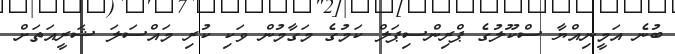
ބުނެ އަމީނިއްޔާ ސްކޫލުގެ ޕްރިންސިޕަލް ކަމުގެ މަގާމުން ވަކި ކުރި މައްސަލަ ޝަރީއަތަށް